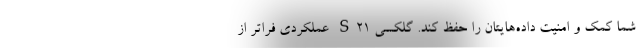
شما کمک و امنیت داده‌هایتان را حفظ کند. گلکسی S21 عملکردی فراتر از